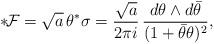
LaTeX: \begin{align*}{*}\!{\cal F}= \sqrt{a}\,\theta ^*\sigma=\frac{\sqrt{a}}{2\pi i}\,\frac{d\theta \wedge d{\bar \theta}}{(1+{\bar \theta} \theta )^2},\end{align*}